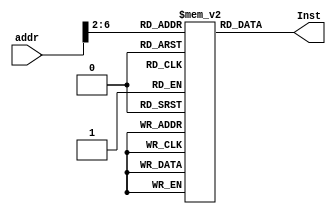
`timescale 1ns / 1ps
//////////////////////////////////////////////////////////////////////////////////
// Company: 
// Engineer: 
// 
// Design Name: 
// Module Name: IM
// Project Name: 
// Target Devices: 
// Tool Versions: 
// Description: 
// 
// Dependencies: 
// 
// Revision:
// Revision 0.01 - File Created
// Additional Comments:
// 
//////////////////////////////////////////////////////////////////////////////////


module IM(
addr,Inst,
    );
    input [31:0]addr;
    output [31:0]Inst;
    reg [31:0]Im[31:0];
    integer i=0;
    initial begin
    for(i=0;i<32;i=i+1)
    Im[i]=32'h2003000c;
        Im[0]=32'h00210822;
        Im[1]=32'h2003000c;
        Im[2]=32'h2067fff7;
        Im[3]=32'h00e22025;
        Im[4]=32'h00642824;
        Im[5]=32'h00a42820;
        Im[6]=32'h10a7000a;
        Im[7]=32'h0064202a;
        Im[8]=32'h10800001;
        Im[9]=32'h20050000;
        Im[10]=32'h00e2202a;
        Im[11]=32'h00853820;
        Im[12]=32'h00e23822;
        Im[13]=32'hac670044;
        Im[14]=32'h8c020050;
        Im[15]=32'h08000011;
        Im[16]=32'h20020001;
        Im[17]=32'hac020054;
    end
    assign Inst=Im[addr[6:2]];
endmodule